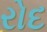
રોદ